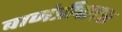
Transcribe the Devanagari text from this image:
वाजंत्रीवादक